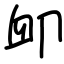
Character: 卹